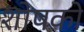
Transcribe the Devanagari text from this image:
शोषको